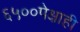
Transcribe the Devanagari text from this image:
६५००पेक्षाही